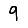
Digit: 9